Report on sanitation, dispensaries, and jails in Rajputana for 1912, and on vaccination for the year 1912-1913 - 1912-1913
Year: 1912
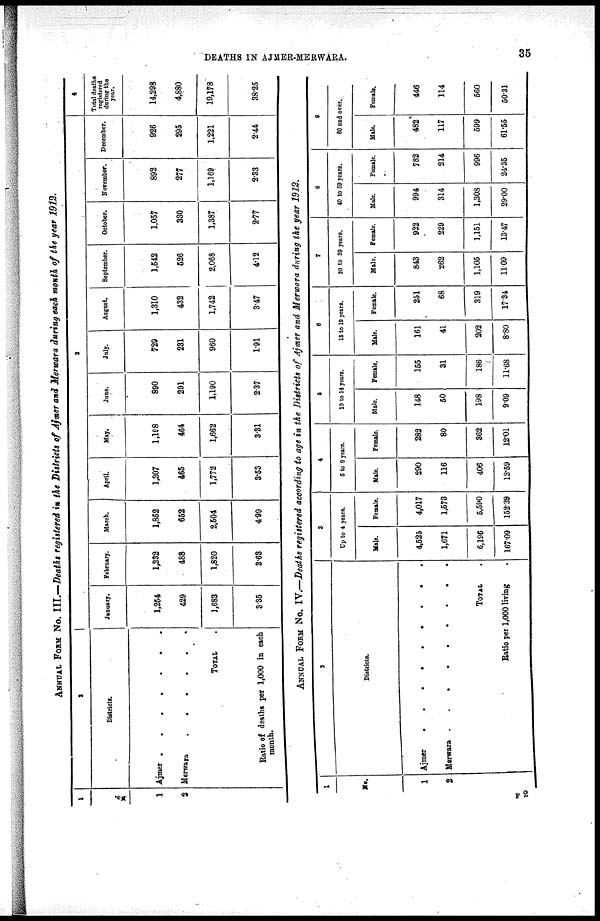
DEATHS IN AJMER-MERWARA.
35
ANNUAL FORM No. III.—Deaths registered in the Districts of Ajmer and Merwara during each month of the year 1912.
1
No.
1
2
2
Districts.
Ajmer .
.
.
.
.
.
.
Merwara
.
.
.
.
.
.
TOTAL .
Ratio of deaths per 1,000 in each
month.
3
January.
1,254
429
1,683
3.35
February.
1,332
488
1,820
3.63
March.
1,852
652
2,504
4.99
April.
1,307
465
1,772
3.53
May.
1,198
464
1,662
3.31
June.
890
291
1,190
2.37
July.
729
231
960
1.91
August.
1,310
432
1,742
3.47
September.
1,542
526
2,068
4.12
October.
1,057
330
1,387
2.77
November.
892
277
1,169
2.33
December.
926
295
1,221
2.44
4
Total deaths
registered
during the
year.
14,298
4,880
19,178
38.25
ANNUAL FORM No. IV.—Deaths registered according to age in the Districts of Ajmer and Merwara during the year 1912.
1
No.
1
2
2
Districts.
Ajmer . . . . . . . . .
Merwara
.. . . . . . . .
TOTAL .
Ratio per 1,000 living .
3
Up to 4 years.
Male.
4,525
1,671
6,196
167.09
Female.
4,017
1,573
5,590
152.39
4
8 to 9 years.
Male.
290
116
406
13.59
Female.
282
80
362
12.01
5
10 to 14 years.
Male.
148
50
198
9.09
Female.
155
31
186
11.68
6
15 to 19 years.
Male.
161
41
202
8.80
Female.
251
68
319
17.34
7
20 to 39 years.
Male.
843
262
1,105
11.09
Female.
922
229
1,151
13.47
8
40 to 59 years.
Male.
994
314
1,308
29.00
Female.
782
214
996
24.35
9
60 and over.
Male.
482
117
599
61.55
Female.
446
114
560
50.31
F2